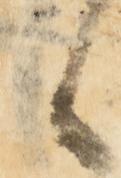
候